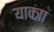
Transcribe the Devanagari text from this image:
याक्त्रा